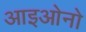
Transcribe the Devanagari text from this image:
आइओनो